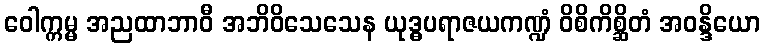
ဝေါက္ကမ္မ အညထာဘာဝီ အဘိဝိသေသေန ယုဒ္ဓပရာဇယကဏ္ဍံ ဝိစိကိစ္ဆိတံ အဝန္ဒိယော